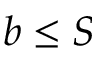
b \leq S